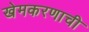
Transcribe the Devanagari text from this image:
खेमकरणाची